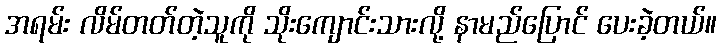
အရမ်း လိမ်တတ်တဲ့သူကို သိုးကျောင်းသားလို့ နာမည်ပြောင် ပေးခဲ့တယ်။